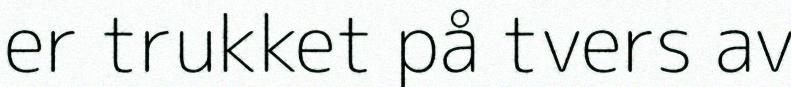
er trukket på tvers av